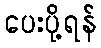
ပေးပို့ရန်